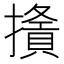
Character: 𢶦